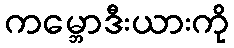
ကမ္ဘောဒီးယားကို